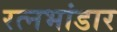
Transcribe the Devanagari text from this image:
रत्नभांडार